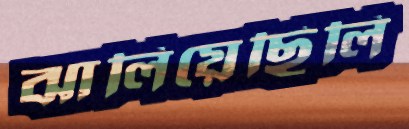
ঝালিয়েছিলি